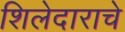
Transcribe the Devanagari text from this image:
शिलेदाराचे